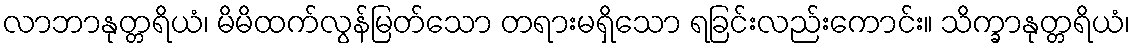
လာဘာနုတ္တရိယံ၊ မိမိထက်လွန်မြတ်သော တရားမရှိသော ရခြင်းလည်းကောင်း။ သိက္ခာနုတ္တရိယံ၊